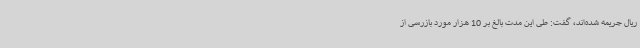
ریال جریمه شده‌اند، گفت: طی این مدت بالغ بر 10 هزار مورد بازرسی از